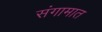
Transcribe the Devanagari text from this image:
संगामात